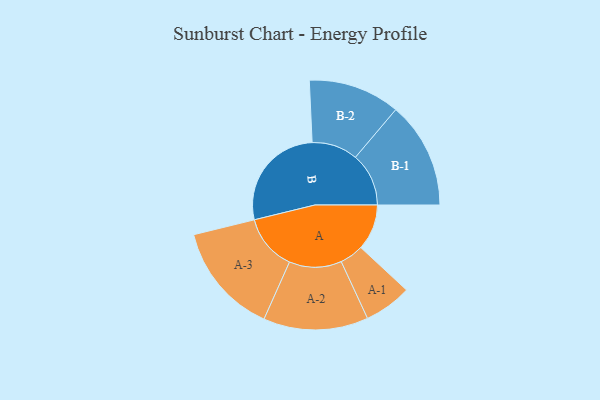
{"axis": {"x": "Segment", "y": "Value"}, "legend": ["", "A", "B"], "data": [{"x": "A", "y": 212, "type": ""}, {"x": "B", "y": 500, "type": ""}, {"x": "A-1", "y": 110, "type": "A"}, {"x": "A-2", "y": 242, "type": "A"}, {"x": "A-3", "y": 258, "type": "A"}, {"x": "B-1", "y": 246, "type": "B"}, {"x": "B-2", "y": 212, "type": "B"}]}